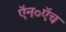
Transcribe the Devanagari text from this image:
ऍन०ऍच